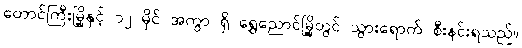
တောင်ကြီးမြို့နှင့် ၁၂ မိုင် အကွာ ရှိ ရွှေညောင်မြို့တွင် သွားရောက် စီးနင်းရသည်။